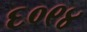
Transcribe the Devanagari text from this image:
६०९४